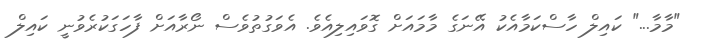
"މާމާ..." ކައިލް ހާސްކަމާއެކު އޭނަގެ މާމައަށް ގޮވައިލިއެވެ. އެވަގުތުވެސް ނޯރާއަށް ފާހަގަކުރެވުނީ ކައިލް